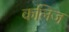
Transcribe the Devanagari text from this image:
कलिज